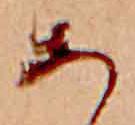
あ